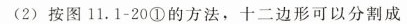
(2)按图11.1-20①的方法，十二边形可以分割成